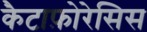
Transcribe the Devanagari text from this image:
कैटाफ़ोरेसिस